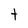
Character: t